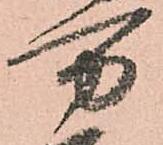
万